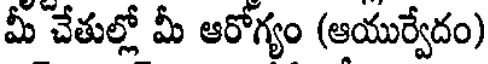
మీ చేతుల్లో మీ ఆరోగ్యం (ఆయుర్వేదం)